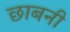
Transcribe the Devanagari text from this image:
छाबनी